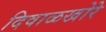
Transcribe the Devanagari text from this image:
दिवाळखोरे